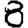
Digit: 8